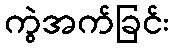
ကွဲအက်ခြင်း